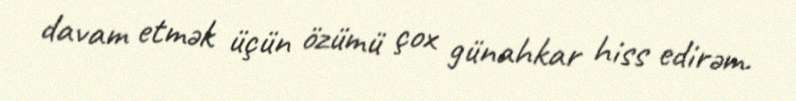
davam etmək üçün özümü çox günahkar hiss edirəm.